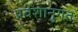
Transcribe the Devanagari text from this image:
प्रवेशानुगत